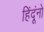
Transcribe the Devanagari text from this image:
हिंदूंनो